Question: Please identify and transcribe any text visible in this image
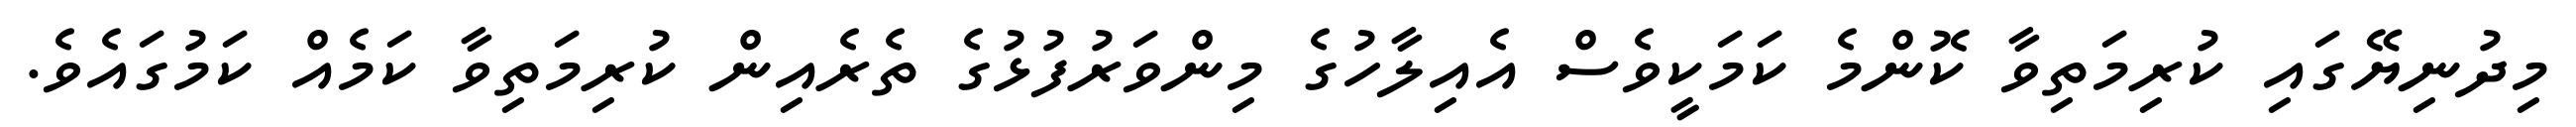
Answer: މިދުނިޔޭގައި ކުރިމަތިވާ ކޮންމެ ކަމަކީވެސް އެއިލާހުގެ މިންވަރުފުޅުގެ ތެރެއިން ކުރިމަތިވާ ކަމެއް ކަމުގައެވެ.